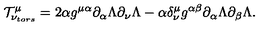
{ \cal T } _ { \nu _ { t o r s } } ^ { \mu } = 2 \alpha g ^ { \mu \alpha } \partial _ { \alpha } \Lambda \partial _ { \nu } \Lambda - \alpha \delta _ { \nu } ^ { \mu } g ^ { \alpha \beta } \partial _ { \alpha } \Lambda \partial _ { \beta } \Lambda .